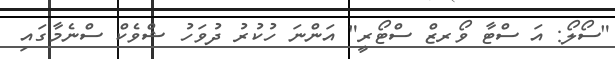
"ސޯލޯ: އަ ސްޓާ ވޯރޒް ސްޓޯރީ" އަންނަ ހުކުރު ދުވަހު ޝްވެކް ސްނެމާގައި